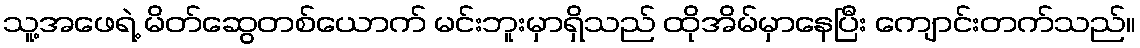
သူ့အဖေရဲ့ မိတ်ဆွေတစ်ယောက် မင်းဘူးမှာရှိသည် ထိုအိမ်မှာနေပြီး ကျောင်းတက်သည်။